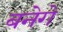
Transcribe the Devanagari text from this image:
बनेगे